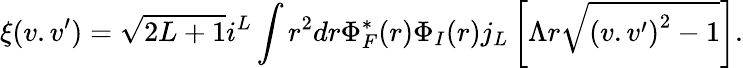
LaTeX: \xi(v.v^{\prime})=\sqrt{2L+1}i^{L}\int r^{2}dr\Phi_{F}^{*}(r)\Phi_{I}(r)j_{L}\left[\Lambda r\sqrt{{(v.v^{\prime})}^{2}-1}\right].